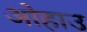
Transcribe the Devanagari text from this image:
ओहाउ